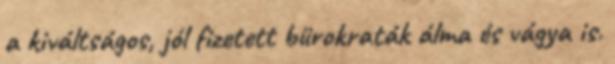
a kiváltságos, jól fizetett bürokraták álma és vágya is.